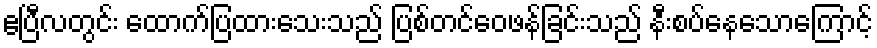
ဧပြီလတွင်း ထောက်ပြထားသေးသည် ပြစ်တင်ဝေဖန်ခြင်းသည် နီးစပ်နေသောကြောင့်